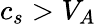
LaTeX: c_{s}>V_{A}